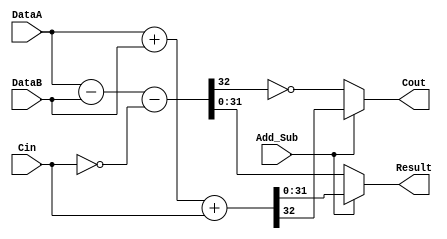
module lm32_addsub (
    // ----- Inputs -------
    DataA, 
    DataB, 
    Cin, 
    Add_Sub, 
    // ----- Outputs -------
    Result, 
    Cout
    );

/////////////////////////////////////////////////////
// Inputs
/////////////////////////////////////////////////////

input [31:0] DataA;
input [31:0] DataB;
input Cin;
input Add_Sub;

/////////////////////////////////////////////////////
// Outputs
/////////////////////////////////////////////////////

output [31:0] Result;
wire   [31:0] Result;
output Cout;
wire   Cout;

/////////////////////////////////////////////////////
// Inference
///////////////////////////////////////////////////// 

    wire [32:0] tmp_addResult = DataA + DataB + Cin;
    wire [32:0] tmp_subResult = DataA - DataB - !Cin;

    assign  Result = (Add_Sub == 1) ? tmp_addResult[31:0] : tmp_subResult[31:0];
    assign  Cout = (Add_Sub == 1) ? tmp_addResult[32] : !tmp_subResult[32];


endmodule